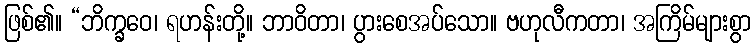
ဖြစ်၏။ “ဘိက္ခဝေ၊ ရဟန်းတို့။ ဘာဝိတာ၊ ပွားစေအပ်သော။ ဗဟုလီကတာ၊ အကြိမ်များစွာ